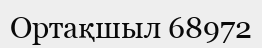
Ортақшыл 68972